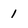
Character: 1